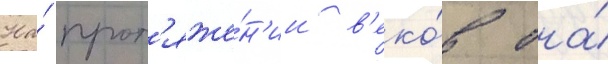
На́ прот'яже́н'ии в'еко́в она́